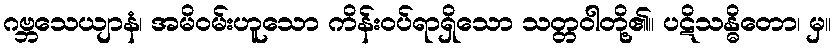
ဂဗ္ဘသေယျာနံ၊ အမိဝမ်းဟူသော ကိန်းဝပ်ရာရှိသော သတ္တဝါတို့၏။ ပဋိသန္ဓိတော၊ မှ။